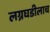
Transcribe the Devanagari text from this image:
लग्नघडीलाच